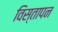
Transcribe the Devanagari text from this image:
विस्तापन